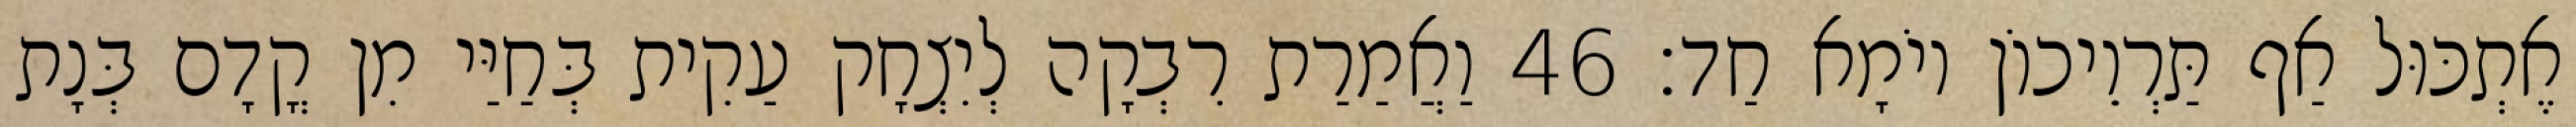
אֶתְכּוּל אַף תַּרְוֵיכוֹן יוֹמָא חַד׃ 46 וַאֲמַרַת רִבְקָה לְיִצְחָק עַקִית בְּחַיַּי מִן קֳדָם בְּנָת